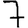
Digit: 7